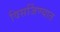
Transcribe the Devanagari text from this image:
विसर्जिण्यात